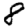
Digit: 8